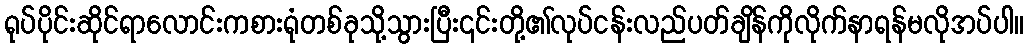
ရုပ်ပိုင်းဆိုင်ရာလောင်းကစားရုံတစ်ခုသို့သွားပြီး၎င်းတို့၏လုပ်ငန်းလည်ပတ်ချိန်ကိုလိုက်နာရန်မလိုအပ်ပါ။